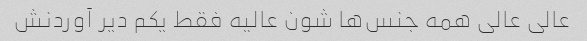
عالی عالی همه جنس‌ها شون عالیه فقط یکم دیر آوردنش